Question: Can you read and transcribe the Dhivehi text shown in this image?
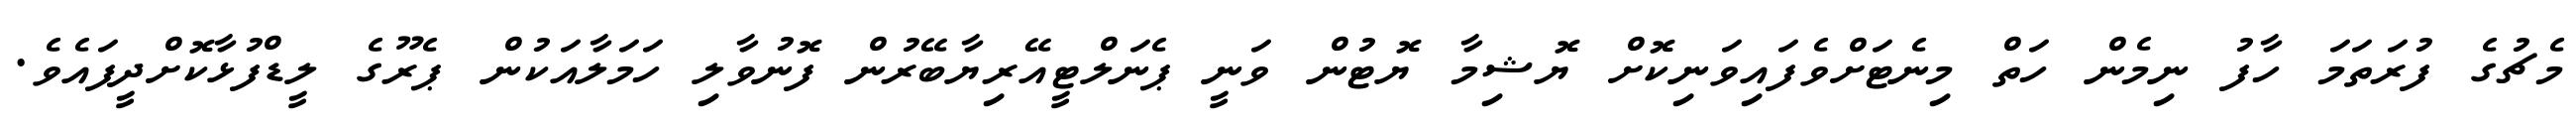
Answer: މެޗުގެ ފުރަތަމަ ހާފު ނިމެން ހަތް މިނެޓަށްވެފައިވަނިކޮށް ޔޮޝިމާ ޔޮޓުން ވަނީ ޕެނަލްޓީއޭރިޔާބޭރުން ފޮނުވާލި ހަމަލާއަކުން ޕެރޫގެ ލީޑްފުޅާކޮށްދީފައެވެ.